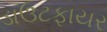
ડાઉટફાયર